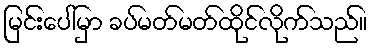
မြင်းပေါ်မှာ ခပ်မတ်မတ်ထိုင်လိုက်သည်။